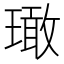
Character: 𱯨